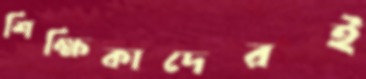
শিক্ষিকাদেরই